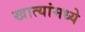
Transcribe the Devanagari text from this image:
खात्यांमध्ये